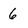
Character: 6